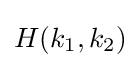
H(k_{1},k_{2})